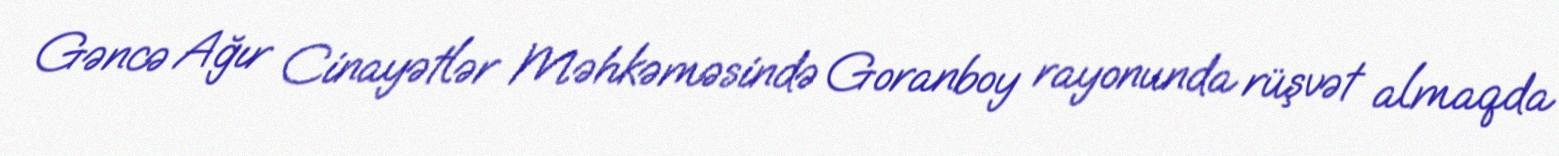
Gəncə Ağır Cinayətlər Məhkəməsində Goranboy rayonunda rüşvət almaqda